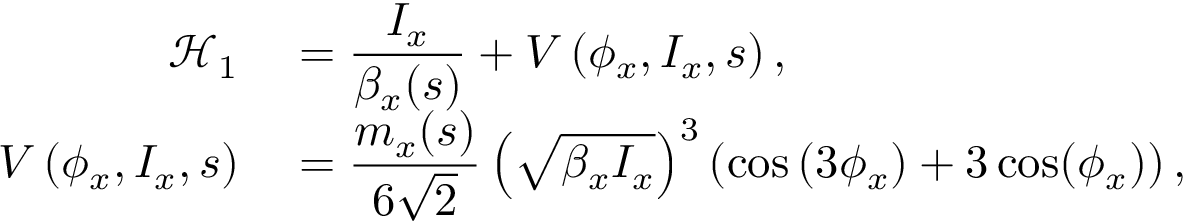
\begin{array} { r l } { \displaystyle \mathcal { H } _ { 1 } } & { { } = \displaystyle \frac { I _ { x } } { \beta _ { x } ( s ) } + V \left( \phi _ { x } , I _ { x } , s \right) , } \\ { \displaystyle V \left( \phi _ { x } , I _ { x } , s \right) } & { { } = \displaystyle \frac { m _ { x } ( s ) } { 6 \sqrt 2 } \left( \sqrt { \beta _ { x } I _ { x } } \right) ^ { 3 } \left( \cos \left( 3 \phi _ { x } \right) + 3 \cos ( \phi _ { x } ) \right) , } \end{array}